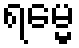
ရမ္မေ